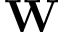
\mathbf { W }